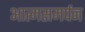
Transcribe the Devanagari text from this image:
आत्मसमर्पन